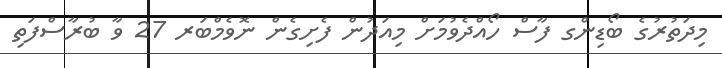
މިދަތުރުގެ ބޯޑިންގ ފާސް ހޯއްދެވުމަށް މިއަދުން ފެށިގެން ނޮވެމްބަރ 27 ވާ ބުރާސްފަތި